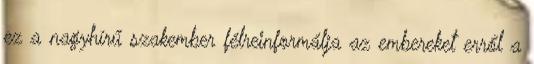
ez a nagyhírű szakember félreinformálja az embereket erről a